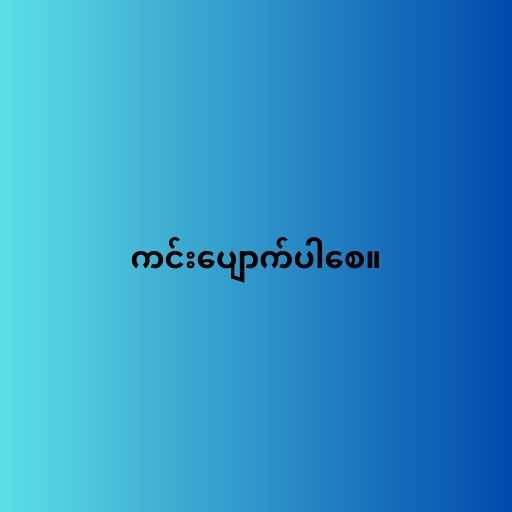
ကင်းပျောက်ပါစေ။